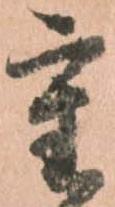
重